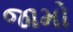
જામો